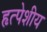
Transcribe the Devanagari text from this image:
हृत्पेशीय